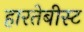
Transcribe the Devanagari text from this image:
हारतेबीस्ट